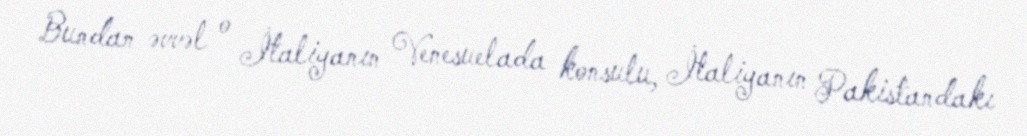
Bundan əvvəl o İtaliyanın Venesuelada konsulu, İtaliyanın Pakistandakı